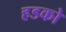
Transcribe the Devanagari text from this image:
हडको